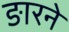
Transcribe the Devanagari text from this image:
ङारने